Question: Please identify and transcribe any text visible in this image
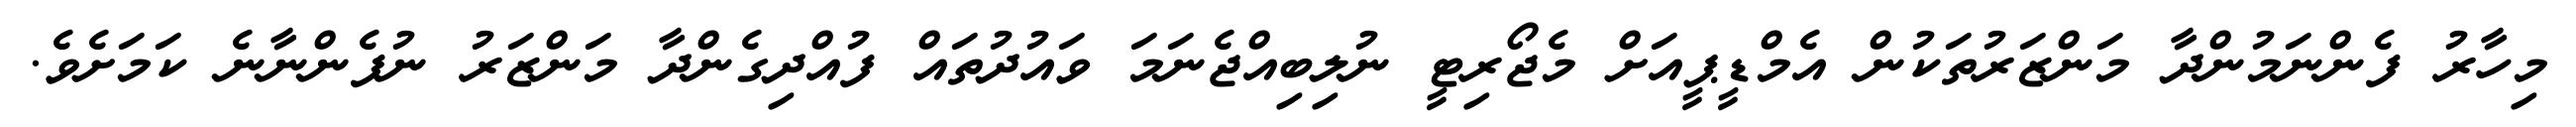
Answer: މިހާރު ފެންނަމުންދާ މަންޒަރުތަކުން އެމްޑީޕީއަށް މެޖޯރިޓީ ނުލިބިއްޖެނަމަ ވައުދުތައް ފުއްދިގެންދާ މަންޒަރު ނުފެންނާނެ ކަމަށެވެ.